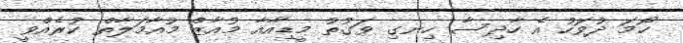
ހޯމަ ދުވަހު އެ ހާދިސާ ހިނގި ވަގުތު މީޑިއާއާ މުއާޒް މުއާމަލާތް ކުރެއްވީ